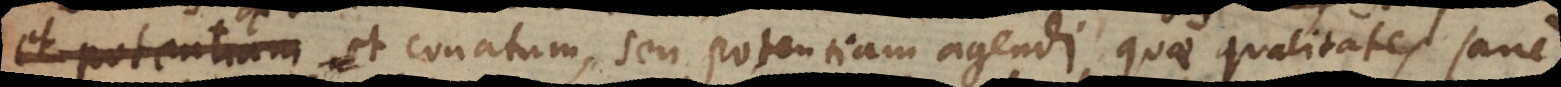
resistendi, et conatum, seu potentiam agendi quae qualitates sane